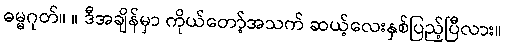
ဓမ္မဂုတ်။ ။ ဒီအချိန်မှာ ကိုယ်တော့်အသက် ဆယ့်လေးနှစ်ပြည့်ပြီလား။